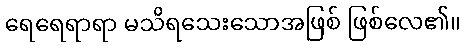
ရေရေရာရာ မသိရသေးသောအဖြစ် ဖြစ်လေ၏။